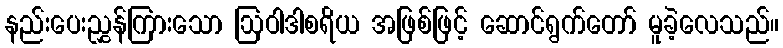
နည်းပေးညွှန်ကြားသော ဩဝါဒါစရိယ အဖြစ်ဖြင့် ဆောင်ရွက်တော် မူခဲ့လေသည်။